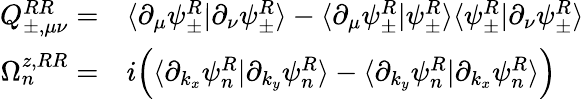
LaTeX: \begin{array}{rl}{Q_{\pm,\mu\nu}^{RR}=}&{\langle\partial_{\mu}\psi_{\pm}^{R}|\partial_{\nu}\psi_{\pm}^{R}\rangle-\langle\partial_{\mu}\psi_{\pm}^{R}|\psi_{\pm}^{R}\rangle\langle\psi_{\pm}^{R}|\partial_{\nu}\psi_{\pm}^{R}\rangle}\\ {\Omega_{n}^{z,RR}=}&{i\Big(\langle\partial_{k_{x}}\psi_{n}^{R}|\partial_{k_{y}}\psi_{n}^{R}\rangle-\langle\partial_{k_{y}}\psi_{n}^{R}|\partial_{k_{x}}\psi_{n}^{R}\rangle\Big)}\end{array}